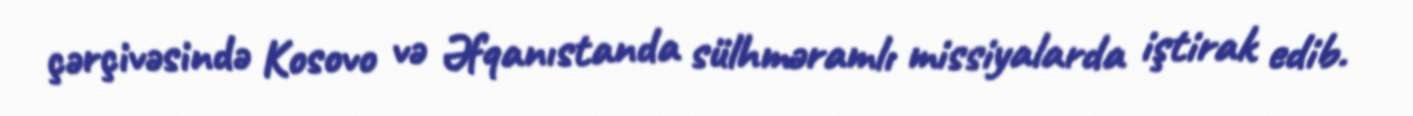
çərçivəsində Kosovo və Əfqanıstanda sülhməramlı missiyalarda iştirak edib.